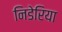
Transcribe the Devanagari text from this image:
निडेरिया